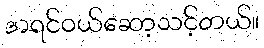
အရင်ဝယ်ဆော့သင့်တယ်။